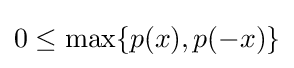
{\textstyle 0\leq \max\{p(x),p(-x)\}}